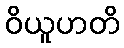
ဝိယူဟတိ